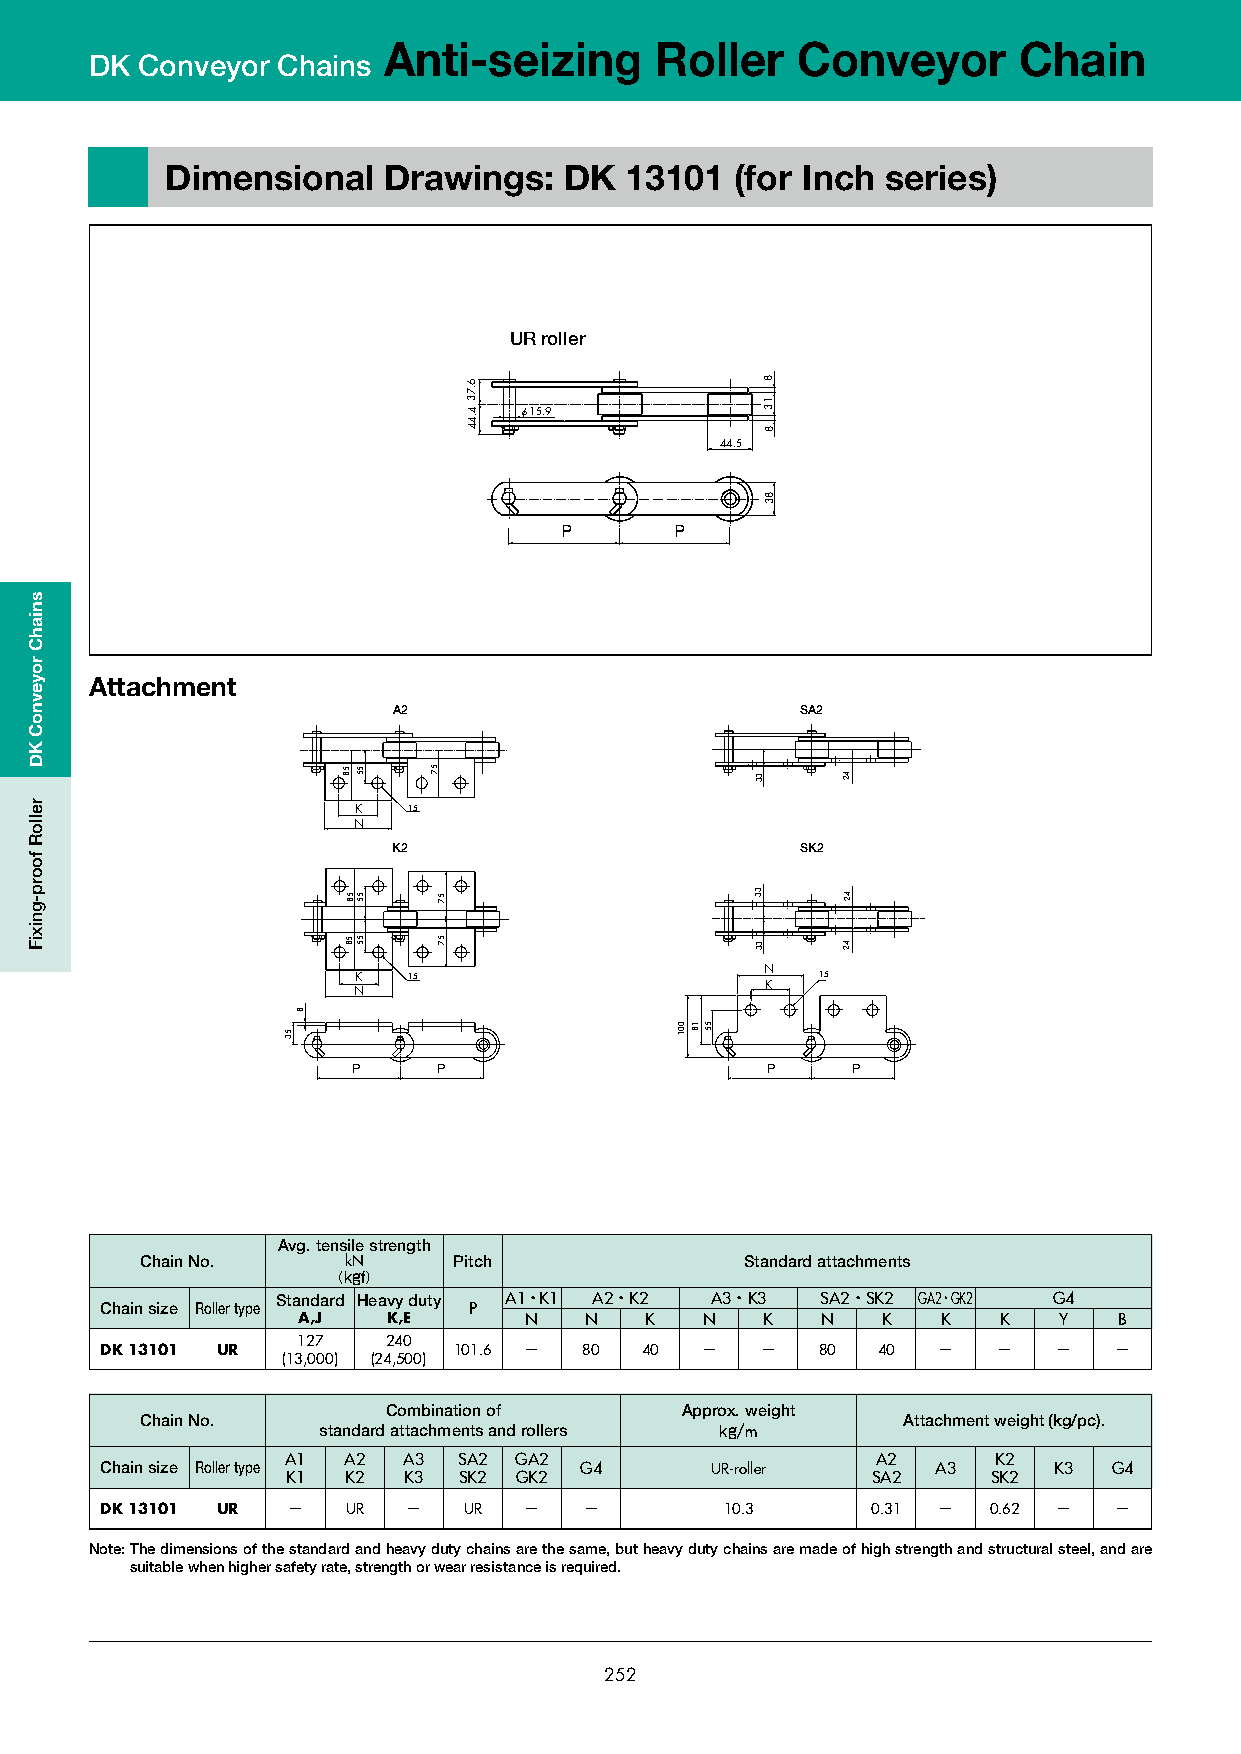
Anti-seizing      Roller    Conveyor      Chain
 DK Conveyor Chains
 Dimensional   Drawings:   DK  13101   (for Inch series)
 DK 13101
 DK 13101
 UR roller
 UR roller
 φ15.9
 φ15.9
 44.5
 44.5
 P     P
 P       P
 Attachment
 A2                         SA2
 K   15
 NA2                                  SA2
 K2                         SK2
 K    15
 N  K   15                      N  15
 K
 N
 K2                                  SK2
 P     P                     P    P
 N
 K    15                                  15
 K
 N
 Avg. tensile strength
 Chain No.     kN     Pitch              Standard attachments
 （kgf）
 Chain size Roller type
 StanPdard Heavy dPuty
 P
 A1・K1 A2・K2   A3・K3  SA2・PSK2 GA2・GK2P G4
 A,J   K,E      N   N   K  N    K  N   K   K   K   Y   B
 127   240
 DK 13101 UR            101.6 −  80 40  −   −   80  40  −   −   −   −
 (13,000) (24,500)
 Combination of     Approx. weight
 Chain No.                                          Attachment weight (kg/pc).
 standard attachments and rollers kg/m
 A1  A2  A3 SA2 GA2                     A2      K2
 Chain size Roller type         G4       UR-roller      A3      K3  G4
 K1  K2  K3 SK2 GK2                     SA2     SK2
 DK 13101 UR −   UR  −   UR  −   −        10.3      0.31 − 0.62 −   −
 Note: The dimensions of the standard and heavy duty chains are the same, but heavy duty chains are made of high strength and structural steel, and are
 suitable when higher safety rate, strength or wear resistance is required.
 252
 sniahC
 royevnoC
 KD
 relloR
 foorp-gnixiF
 53
 8
 53
 58
 8
 58
 58
 55
 55
 55
 58
 58
 58
 55
 55
 55
 57
 57
 57
 57
 57
 57
 6.734.44 6.734.44
 001
 8
 13
 8
 83
 18 55
 001
 33
 33
 33
 18
 8
 13
 8
 83
 55
 42
 42 33
 42
 33
 33
 42
 42
 42